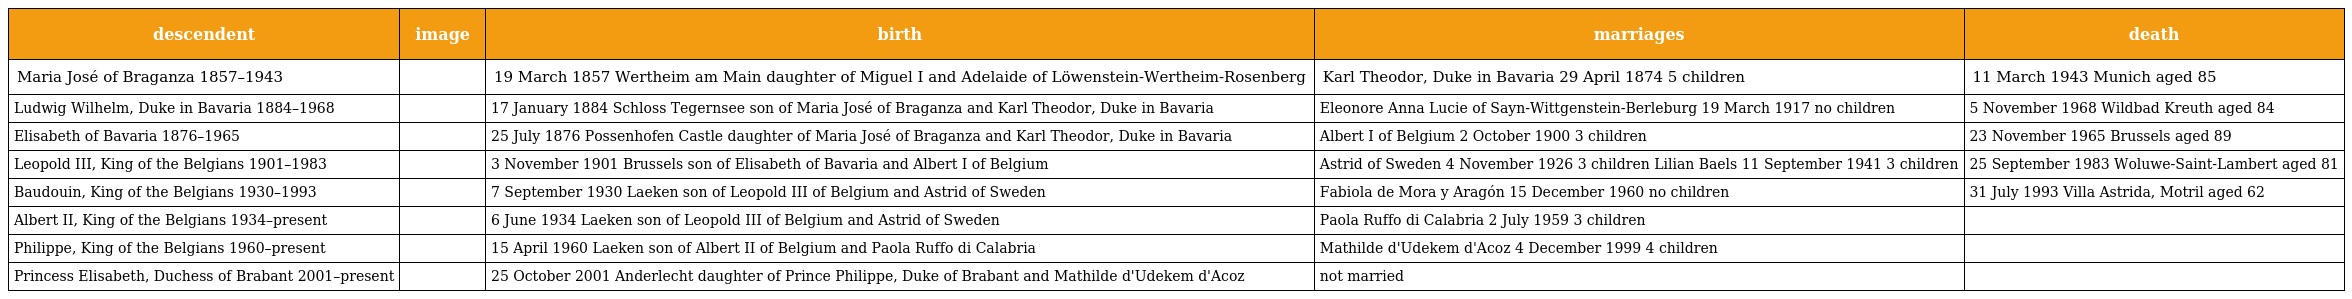
| descendent | image | birth | marriages | death |
 | --- | --- | --- | --- | --- |
 | Maria José of Braganza 1857–1943 |  | 19 March 1857 Wertheim am Main daughter of Miguel I and Adelaide of Löwenstein-Wertheim-Rosenberg | Karl Theodor, Duke in Bavaria 29 April 1874 5 children | 11 March 1943 Munich aged 85 |
 | Ludwig Wilhelm, Duke in Bavaria 1884–1968 |  | 17 January 1884 Schloss Tegernsee son of Maria José of Braganza and Karl Theodor, Duke in Bavaria | Eleonore Anna Lucie of Sayn-Wittgenstein-Berleburg 19 March 1917 no children | 5 November 1968 Wildbad Kreuth aged 84 |
 | Elisabeth of Bavaria 1876–1965 |  | 25 July 1876 Possenhofen Castle daughter of Maria José of Braganza and Karl Theodor, Duke in Bavaria | Albert I of Belgium 2 October 1900 3 children | 23 November 1965 Brussels aged 89 |
 | Leopold III, King of the Belgians 1901–1983 |  | 3 November 1901 Brussels son of Elisabeth of Bavaria and Albert I of Belgium | Astrid of Sweden 4 November 1926 3 children Lilian Baels 11 September 1941 3 children | 25 September 1983 Woluwe-Saint-Lambert aged 81 |
 | Baudouin, King of the Belgians 1930–1993 |  | 7 September 1930 Laeken son of Leopold III of Belgium and Astrid of Sweden | Fabiola de Mora y Aragón 15 December 1960 no children | 31 July 1993 Villa Astrida, Motril aged 62 |
 | Albert II, King of the Belgians 1934–present |  | 6 June 1934 Laeken son of Leopold III of Belgium and Astrid of Sweden | Paola Ruffo di Calabria 2 July 1959 3 children |  |
 | Philippe, King of the Belgians 1960–present |  | 15 April 1960 Laeken son of Albert II of Belgium and Paola Ruffo di Calabria | Mathilde d'Udekem d'Acoz 4 December 1999 4 children |  |
 | Princess Elisabeth, Duchess of Brabant 2001–present |  | 25 October 2001 Anderlecht daughter of Prince Philippe, Duke of Brabant and Mathilde d'Udekem d'Acoz | not married |  |